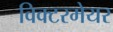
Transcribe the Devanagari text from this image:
विक्टरमेयर